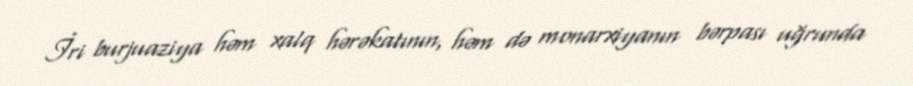
İri burjuaziya həm xalq hərəkatının, həm də monarxiyanın bərpası uğrunda